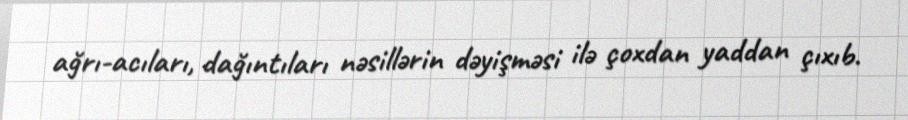
ağrı-acıları, dağıntıları nəsillərin dəyişməsi ilə çoxdan yaddan çıxıb.